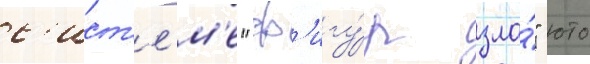
с'ист'е́м'е "ф'игу́р зла́" юто